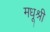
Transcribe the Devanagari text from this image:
मधूश्री